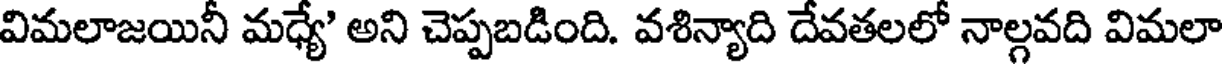
విమలాజయినీ మధ్యే' అని చెప్పబడింది. వశిన్యాది దేవతలలో నాల్గవది విమలా